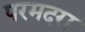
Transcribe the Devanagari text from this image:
परमदरा